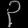
Digit: ၃